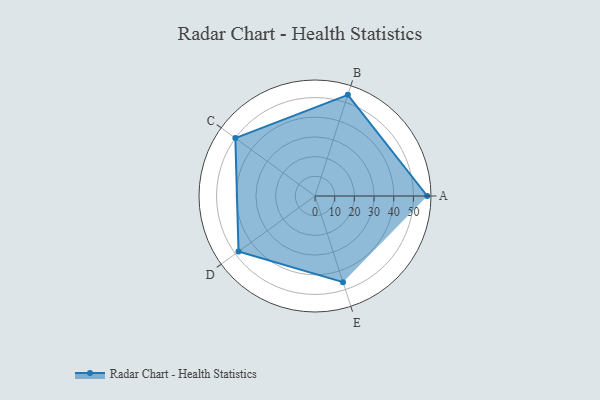
{"axis": {"x": "Skill", "y": "Score"}, "legend": ["Profile"], "data": [{"x": "A", "y": 57.0, "type": "Profile"}, {"x": "B", "y": 54.0, "type": "Profile"}, {"x": "C", "y": 50.0, "type": "Profile"}, {"x": "D", "y": 48.0, "type": "Profile"}, {"x": "E", "y": 46.0, "type": "Profile"}]}